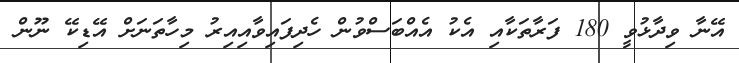
އޭނާ ވިދާޅުވީ 180 ފަރާތަކާއި އެކު އެއްބަސްވުން ހެދިފައިވާއިއިރު މިހާތަނަށް އޭޑިކޭ ނޫން